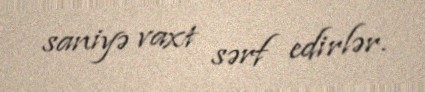
saniyə vaxt sərf edirlər.